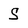
Character: s